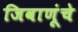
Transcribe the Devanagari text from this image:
जिवाणूंचे